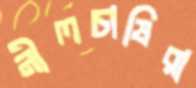
নীলচাষিরা